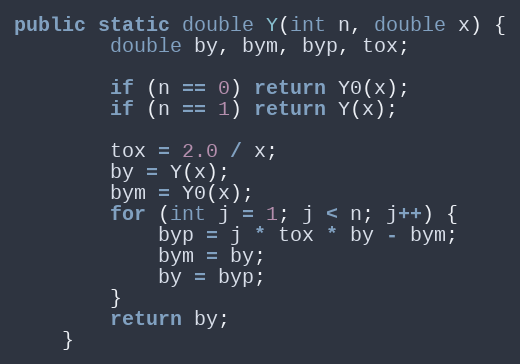
Language: Java
public static double Y(int n, double x) {
        double by, bym, byp, tox;

        if (n == 0) return Y0(x);
        if (n == 1) return Y(x);

        tox = 2.0 / x;
        by = Y(x);
        bym = Y0(x);
        for (int j = 1; j < n; j++) {
            byp = j * tox * by - bym;
            bym = by;
            by = byp;
        }
        return by;
    }